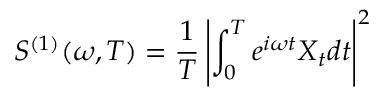
S ^ { ( 1 ) } ( \omega , T ) = { \frac { 1 } { T } } \left| \int _ { 0 } ^ { T } e ^ { i \omega t } X _ { t } d t \right| ^ { 2 }